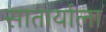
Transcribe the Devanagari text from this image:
सातार्याला